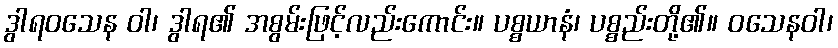
ဒွါရဝသေန ဝါ၊ ဒွါရ၏ အစွမ်းဖြင့်လည်းကောင်း။ ပစ္စယာနံ၊ ပစ္စည်းတို့၏။ ဝသေနဝါ၊